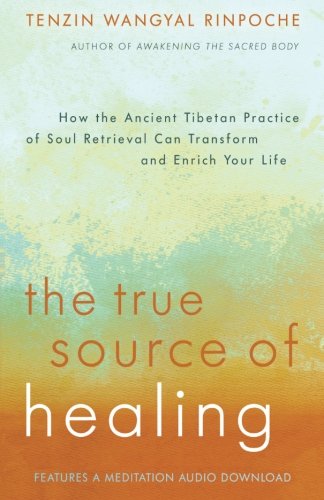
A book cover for The True Source of Healing: How the Ancient Tibetan Practice of Soul Retrieval Can Transform and Enrich Your Life; Tenzin Wangyal Rinpoche; Religion & Spirituality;